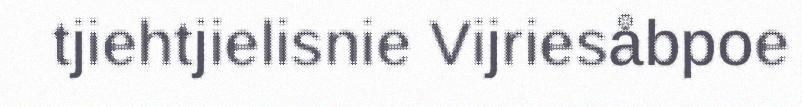
tjiehtjielisnie Vijriesåbpoe